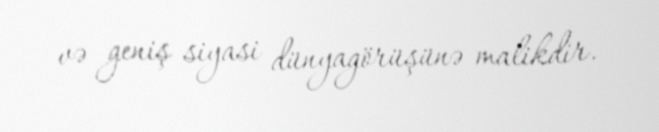
və geniş siyasi dünyagörüşünə malikdir.